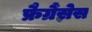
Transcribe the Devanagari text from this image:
फ्रैग्रैंसेस